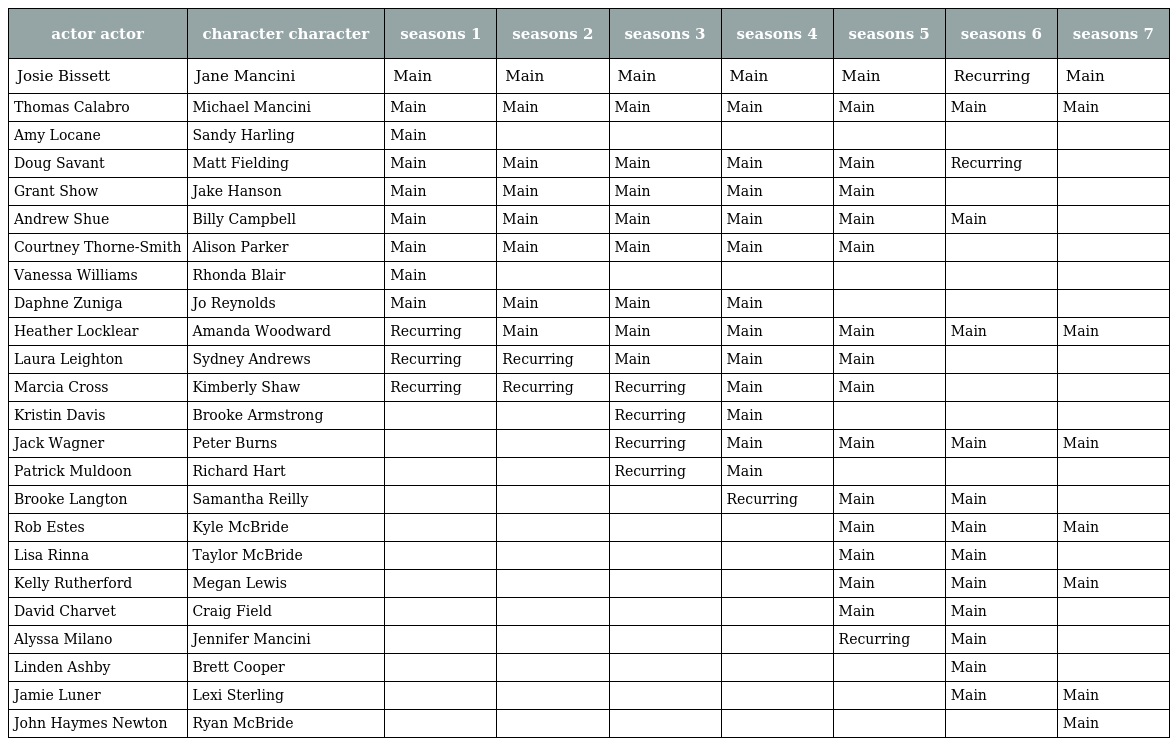
| actor actor | character character | seasons 1 | seasons 2 | seasons 3 | seasons 4 | seasons 5 | seasons 6 | seasons 7 |
 | --- | --- | --- | --- | --- | --- | --- | --- | --- |
 | Josie Bissett | Jane Mancini | Main | Main | Main | Main | Main | Recurring | Main |
 | Thomas Calabro | Michael Mancini | Main | Main | Main | Main | Main | Main | Main |
 | Amy Locane | Sandy Harling | Main |  |  |  |  |  |  |
 | Doug Savant | Matt Fielding | Main | Main | Main | Main | Main | Recurring |  |
 | Grant Show | Jake Hanson | Main | Main | Main | Main | Main |  |  |
 | Andrew Shue | Billy Campbell | Main | Main | Main | Main | Main | Main |  |
 | Courtney Thorne-Smith | Alison Parker | Main | Main | Main | Main | Main |  |  |
 | Vanessa Williams | Rhonda Blair | Main |  |  |  |  |  |  |
 | Daphne Zuniga | Jo Reynolds | Main | Main | Main | Main |  |  |  |
 | Heather Locklear | Amanda Woodward | Recurring | Main | Main | Main | Main | Main | Main |
 | Laura Leighton | Sydney Andrews | Recurring | Recurring | Main | Main | Main |  |  |
 | Marcia Cross | Kimberly Shaw | Recurring | Recurring | Recurring | Main | Main |  |  |
 | Kristin Davis | Brooke Armstrong |  |  | Recurring | Main |  |  |  |
 | Jack Wagner | Peter Burns |  |  | Recurring | Main | Main | Main | Main |
 | Patrick Muldoon | Richard Hart |  |  | Recurring | Main |  |  |  |
 | Brooke Langton | Samantha Reilly |  |  |  | Recurring | Main | Main |  |
 | Rob Estes | Kyle McBride |  |  |  |  | Main | Main | Main |
 | Lisa Rinna | Taylor McBride |  |  |  |  | Main | Main |  |
 | Kelly Rutherford | Megan Lewis |  |  |  |  | Main | Main | Main |
 | David Charvet | Craig Field |  |  |  |  | Main | Main |  |
 | Alyssa Milano | Jennifer Mancini |  |  |  |  | Recurring | Main |  |
 | Linden Ashby | Brett Cooper |  |  |  |  |  | Main |  |
 | Jamie Luner | Lexi Sterling |  |  |  |  |  | Main | Main |
 | John Haymes Newton | Ryan McBride |  |  |  |  |  |  | Main |